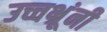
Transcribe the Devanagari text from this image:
उच्चभ्रूंनी